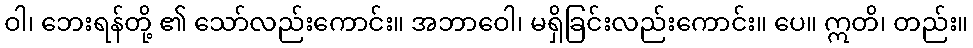
ဝါ၊ ဘေးရန်တို့ ၏ သော်လည်းကောင်း။ အဘာဝေါ၊ မရှိခြင်းလည်းကောင်း။ ပေ။ ဣတိ၊ တည်း။